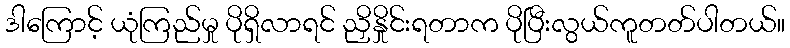
ဒါကြောင့် ယုံကြည်မှု ပိုရှိလာရင် ညှိနှိုင်းရတာက ပိုပြီးလွယ်ကူတတ်ပါတယ်။